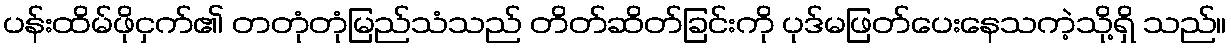
ပန်းထိမ်ဖိုငှက်၏ တတုံတုံမြည်သံသည် တိတ်ဆိတ်ခြင်းကို ပုဒ်မဖြတ်ပေးနေသကဲ့သို့ရှိ သည်။